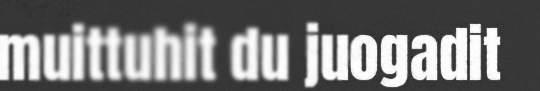
muittuhit du juogadit